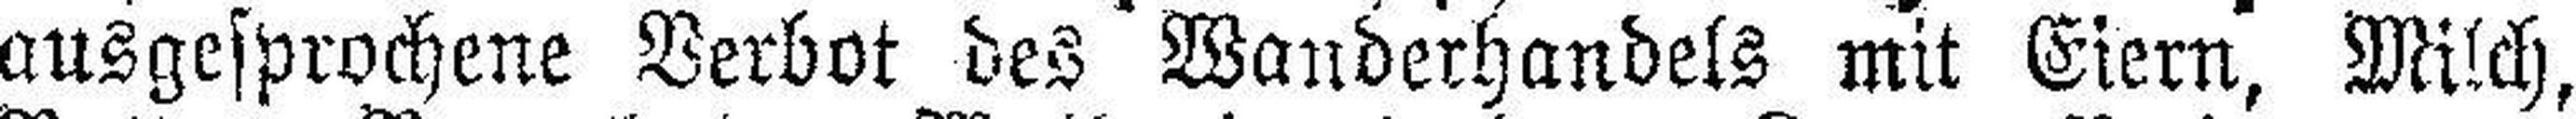
ausgesprochene Verbot des Wanderhandels mit Eiern, Milch,